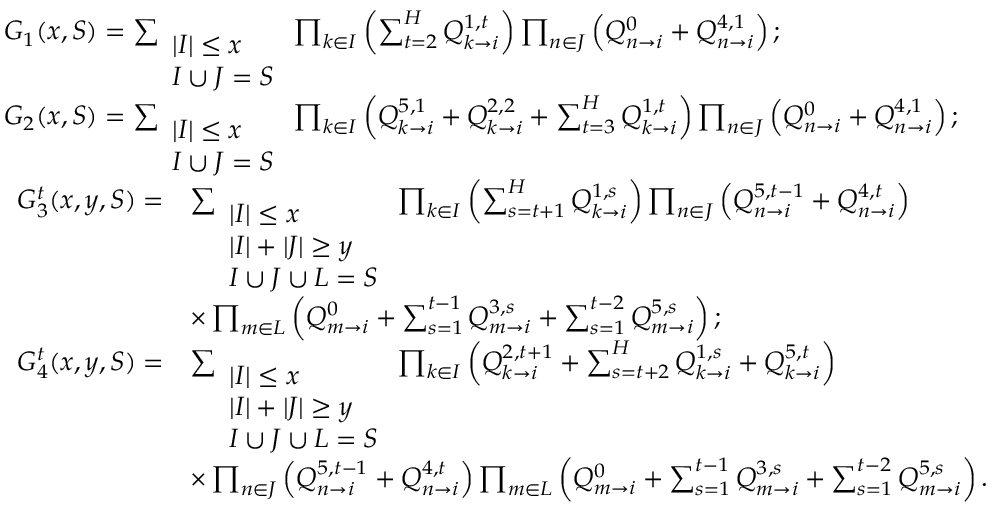
\begin{array} { r l } & { G _ { 1 } ( x , S ) = \sum _ { \begin{array} { l } { | I | \leq x } \\ { I \cup J = S } \end{array} } \prod _ { k \in I } \left( \sum _ { t = 2 } ^ { H } Q _ { k \rightarrow i } ^ { 1 , t } \right) \prod _ { n \in J } \left( Q _ { n \rightarrow i } ^ { 0 } + Q _ { n \rightarrow i } ^ { 4 , 1 } \right) ; } \\ & { G _ { 2 } ( x , S ) = \sum _ { \begin{array} { l } { | I | \leq x } \\ { I \cup J = S } \end{array} } \prod _ { k \in I } \left( Q _ { k \rightarrow i } ^ { 5 , 1 } + Q _ { k \rightarrow i } ^ { 2 , 2 } + \sum _ { t = 3 } ^ { H } Q _ { k \rightarrow i } ^ { 1 , t } \right) \prod _ { n \in J } \left( Q _ { n \rightarrow i } ^ { 0 } + Q _ { n \rightarrow i } ^ { 4 , 1 } \right) ; } \\ & { \begin{array} { r l } { G _ { 3 } ^ { t } ( x , y , S ) = } & { \sum _ { \begin{array} { l } { | I | \leq x } \\ { | I | + | J | \geq y } \\ { I \cup J \cup L = S } \end{array} } \prod _ { k \in I } \left( \sum _ { s = t + 1 } ^ { H } Q _ { k \rightarrow i } ^ { 1 , s } \right) \prod _ { n \in J } \left( Q _ { n \rightarrow i } ^ { 5 , t - 1 } + Q _ { n \rightarrow i } ^ { 4 , t } \right) } \\ & { \times \prod _ { m \in L } \left( Q _ { m \rightarrow i } ^ { 0 } + \sum _ { s = 1 } ^ { t - 1 } Q _ { m \rightarrow i } ^ { 3 , s } + \sum _ { s = 1 } ^ { t - 2 } Q _ { m \rightarrow i } ^ { 5 , s } \right) ; } \end{array} } \\ & { \begin{array} { r l } { G _ { 4 } ^ { t } ( x , y , S ) = } & { \sum _ { \begin{array} { l } { | I | \leq x } \\ { | I | + | J | \geq y } \\ { I \cup J \cup L = S } \end{array} } \prod _ { k \in I } \left( Q _ { k \rightarrow i } ^ { 2 , t + 1 } + \sum _ { s = t + 2 } ^ { H } Q _ { k \rightarrow i } ^ { 1 , s } + Q _ { k \rightarrow i } ^ { 5 , t } \right) } \\ & { \times \prod _ { n \in J } \left( Q _ { n \rightarrow i } ^ { 5 , t - 1 } + Q _ { n \rightarrow i } ^ { 4 , t } \right) \prod _ { m \in L } \left( Q _ { m \rightarrow i } ^ { 0 } + \sum _ { s = 1 } ^ { t - 1 } Q _ { m \rightarrow i } ^ { 3 , s } + \sum _ { s = 1 } ^ { t - 2 } Q _ { m \rightarrow i } ^ { 5 , s } \right) . } \end{array} } \end{array}